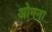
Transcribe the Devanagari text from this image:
ओमना